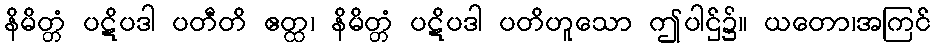
နိမိတ္တံ ပဋိပဒါ ပတီတိ ဧတ္ထ၊ နိမိတ္တံ ပဋိပဒါ ပတိဟူသော ဤပါဌ်၌။ ယတော၊အကြင်